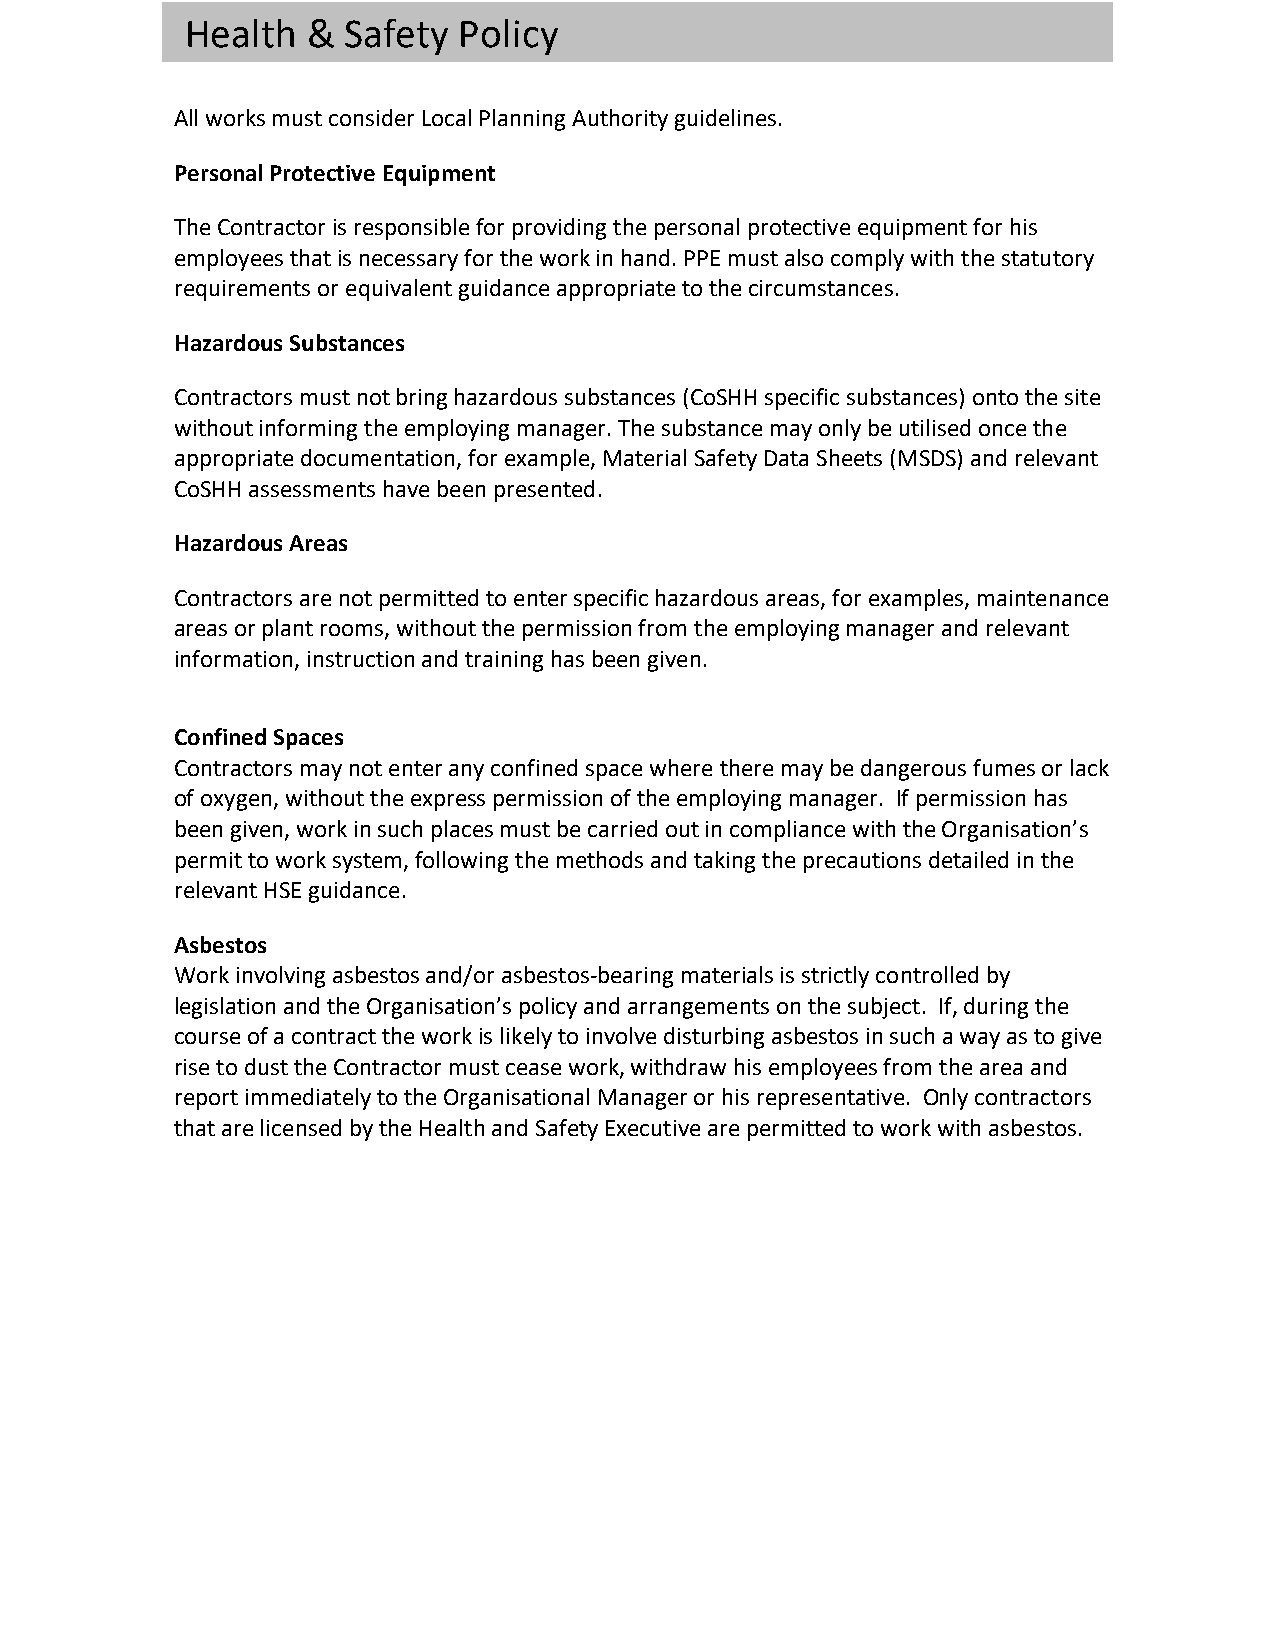
Health  &  Safety Policy
 All works must consider Local Planning Authority guidelines.
 Personal Protective Equipment
 The Contractor is responsible for providing the personal protective equipment for his
 employees that is necessary for the work in hand. PPE must also comply with the statutory
 requirements or equivalent guidance appropriate to the circumstances.
 Hazardous Substances
 Contractors must not bring hazardous substances (CoSHH specific substances) onto the site
 without informing the employing manager. The substance may only be utilised once the
 appropriate documentation, for example, Material Safety Data Sheets (MSDS) and relevant
 CoSHH assessments have been presented.
 Hazardous Areas
 Contractors are not permitted to enter specific hazardous areas, for examples, maintenance
 areas or plant rooms, without the permission from the employing manager and relevant
 information, instruction and training has been given.
 Confined Spaces
 Contractors may not enter any confined space where there may be dangerous fumes or lack
 of oxygen, without the express permission of the employing manager. If permission has
 been given, work in such places must be carried out in compliance with the Organisation’s
 permit to work system, following the methods and taking the precautions detailed in the
 relevant HSE guidance.
 Asbestos
 Work involving asbestos and/or asbestos-bearing materials is strictly controlled by
 legislation and the Organisation’s policy and arrangements on the subject. If, during the
 course of a contract the work is likely to involve disturbing asbestos in such a way as to give
 rise to dust the Contractor must cease work, withdraw his employees from the area and
 report immediately to the Organisational Manager or his representative. Only contractors
 that are licensed by the Health and Safety Executive are permitted to work with asbestos.